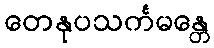
တေနုပသင်္ကမန္တေ